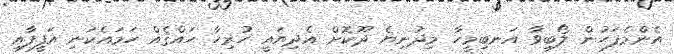
އެންމެފަހުން ލޯބިވާ އަނބިމީހާ މިދުނިޔެ ދޫކޮށް އެދިޔައީ ހުރިހާ ޙައްޤެއް ހަމައެކަނި އަފީފާއި